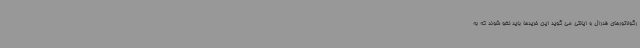
رگولاتورهای فدرال و ایالتی می گوید این خریدها باید لغو شوند که به